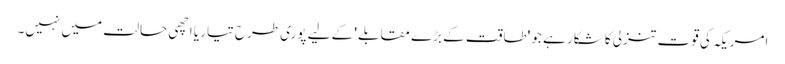
امریکہ کی قوت تنزلی کا شکار ہے جو 'طاقت کے بڑے مقابلے ' کے لیے پوری طرح تیار یا اچھی حالت میں نہیں۔